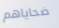
ضحاياهم